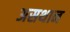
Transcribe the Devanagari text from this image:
असथान